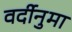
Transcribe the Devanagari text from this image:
वर्दीनुमा